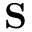
\mathbf { S }